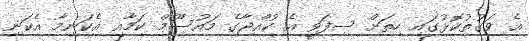
އެ ވަގުތުކޮޅުގައި ހިތަށް ސިފަވީ އެ ކުއްޖާގެ މައުސޫމް ކަމާއި އެކަނިމާ އެކަނި